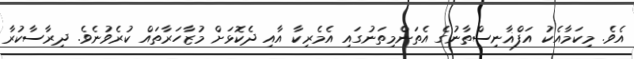
އެވެ. މިކަމާއެކު އަފްޣާނިސްތާނުގެ އެތަންމިތަނުގައި އެމެރިކާ އާއި ދެކޮޅަށް މުޒާހަރާތައް ކުރެވުނެވެ. ދިރާސާކުރާ